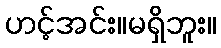
ဟင့်အင်း။မရှိဘူး။